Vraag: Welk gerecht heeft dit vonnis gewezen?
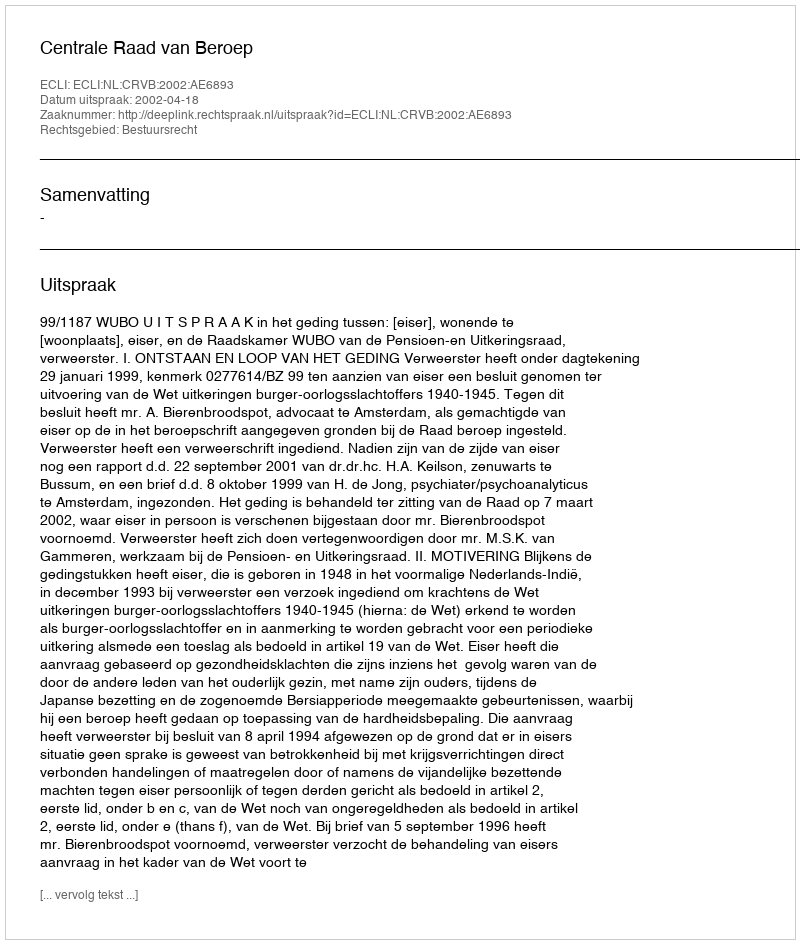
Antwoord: Centrale Raad van Beroep